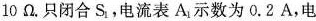
10\Omega。只闭合S。电流表A_{1}示数为0.2A，电